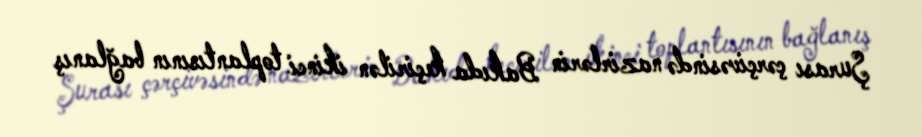
Şurası çərçivəsində nazirlərin Bakıda keçirilən ikinci toplantısının bağlanış